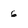
Character: 6